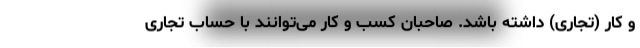
و کار (‌تجاری) داشته باشد. صاحبان کسب ‌و کار می‌توانند با حساب تجاری